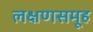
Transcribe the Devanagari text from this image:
लक्षणसमूह